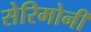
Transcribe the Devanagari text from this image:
सेरिमोनी